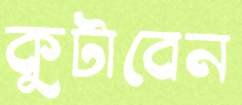
কুটাবেন